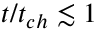
t / t _ { c h } \lesssim 1